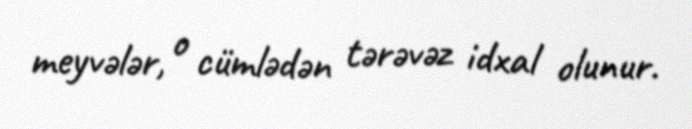
meyvələr, o cümlədən tərəvəz idxal olunur.